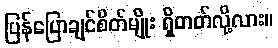
ပြန်ပြောချင်စိတ်မျိုး ရှိတတ်လို့လား။